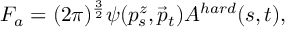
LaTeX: F _ { a } = ( 2 \pi ) ^ { { \frac { 3 } { 2 } } } \psi ( p _ { s } ^ { z } , \vec { p } _ { t } ) A ^ { h a r d } ( s , t ) ,